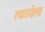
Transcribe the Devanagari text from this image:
रफायेला